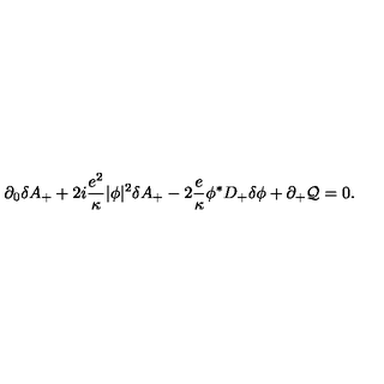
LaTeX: \partial _ { 0 } \delta A _ { + } + 2 i { \frac { e ^ { 2 } } { \kappa } } | \phi | ^ { 2 } \delta A _ { + } - 2 { \frac { e } { \kappa } } \phi ^ { * } D _ { + } \delta \phi + \partial _ { + } { \cal Q } = 0 .